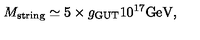
M _ { \mathrm { s t r i n g } } \simeq 5 \times g _ { \mathrm { G U T } } 1 0 ^ { 1 7 } \mathrm { G e V } ,